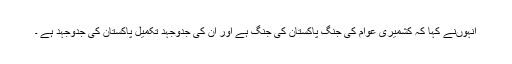
انہوںنے کہا کہ کشمیری عوام کی جنگ پاکستان کی جنگ ہے اور ان کی جدوجہد تکمیل پاکستان کی جدوجہد ہے ۔